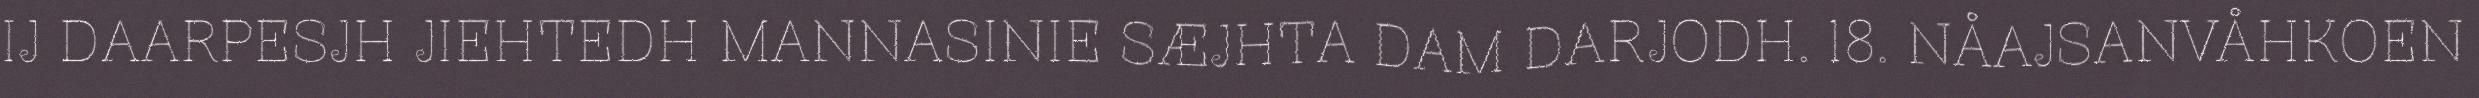
IJ DAARPESJH JIEHTEDH MANNASINIE SÆJHTA DAM DARJODH. 18. NÅAJSANVÅHKOEN